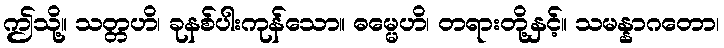
ဤသို့။ သတ္တဟိ၊ ခုနစ်ပါးကုန်သော။ ဓမ္မေဟိ၊ တရားတို့နှင့်။ သမန္နာဂတော၊